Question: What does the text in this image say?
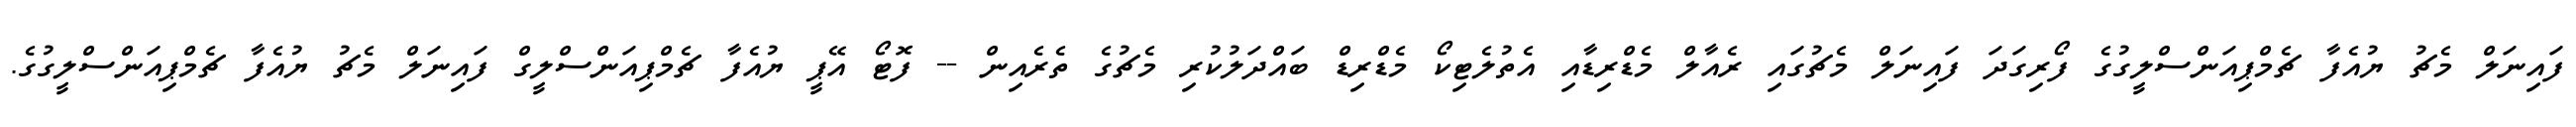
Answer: ފައިނަލް މެޗު ޔުއެފާ ޗެމްޕިއަންސްލީގުގެ ފޯރިގަދަ ފައިނަލް މެޗުގައި ރެއާލް މެޑްރިޑާއި އެތުލެޓިކޯ މެޑްރިޑް ބައްދަލުކުރި މެޗުގެ ތެރެއިން -- ފޮޓޯ އޭޕީ ޔުއެފާ ޗެމްޕިއަންސްލީގް ފައިނަލް މެޗު ޔުއެފާ ޗެމްޕިއަންސްލީގުގެ.